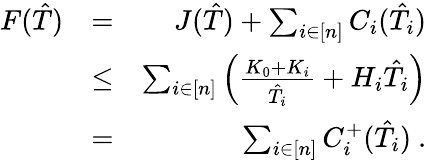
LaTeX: \begin{array}{rlr}{F(\hat{T})}&{=}&{J(\hat{T})+\sum_{i\in[n]}C_{i}(\hat{T}_{i})}\\ &{\leq}&{\sum_{i\in[n]}\left(\frac{K_{0}+K_{i}}{\hat{T}_{i}}+H_{i}\hat{T}_{i}\right)}\\ &{=}&{\sum_{i\in[n]}C_{i}^{+}(\hat{T}_{i})\ .}\end{array}